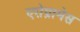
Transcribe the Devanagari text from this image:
एरोग्रामेस